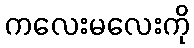
ကလေးမလေးကို